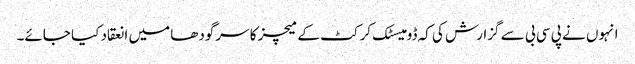
انہوں نے پی سی بی سے گزارش کی کہ ڈومیسٹک کرکٹ کے میچز کا سرگودھا میں انعقاد کیا جائے۔